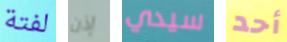
لفتة إذن سيدي أحد